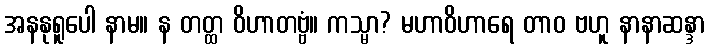
အနနုရူပေါ နာမ။ န တတ္ထ ဝိဟာတဗ္ဗံ။ ကသ္မာ? မဟာဝိဟာရေ တာဝ ဗဟူ နာနာဆန္ဒာ